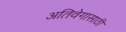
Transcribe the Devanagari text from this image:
अतिवेगासाठी